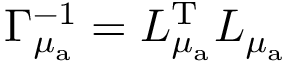
\Gamma _ { \mu _ { \mathrm { a } } } ^ { - 1 } = L _ { \mu _ { \mathrm { a } } } ^ { \mathrm { T } } L _ { \mu _ { \mathrm { a } } }